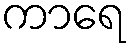
ကာရေ